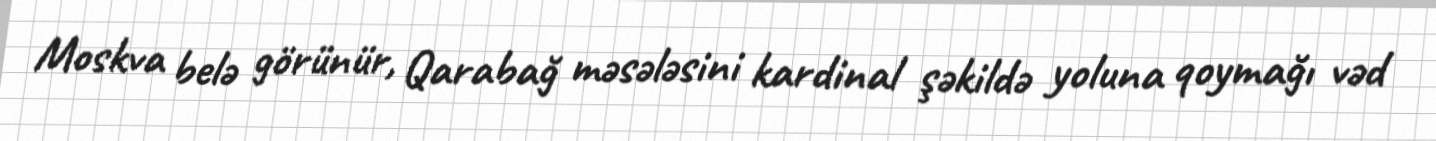
Moskva belə görünür, Qarabağ məsələsini kardinal şəkildə yoluna qoymağı vəd